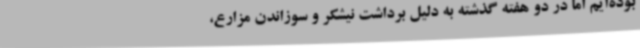
بوده‌ایم اما در دو هفته گذشته به دلیل برداشت نیشکر و سوزاندن مزارع،